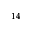
^ { 1 4 }